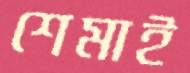
শেমাই